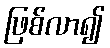
ဖြစ်လာ၍